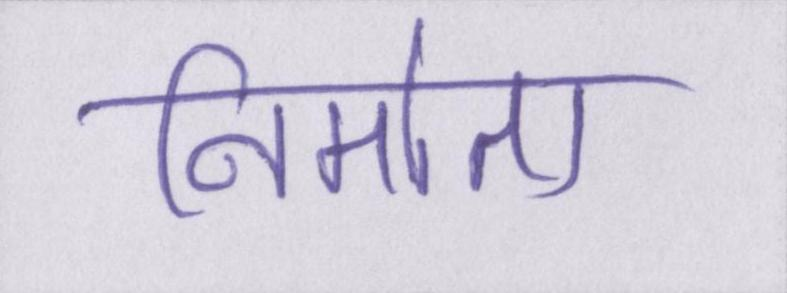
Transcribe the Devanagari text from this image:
निर्माता